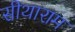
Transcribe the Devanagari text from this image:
सीथाराम